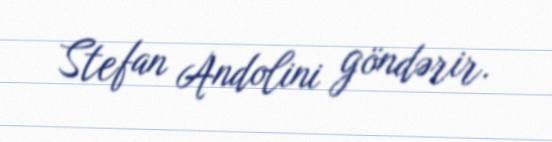
Stefan Andolini göndərir.